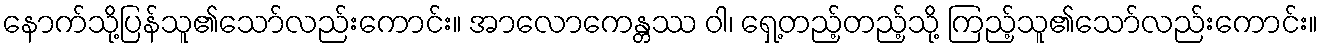
နောက်သို့ပြန်သူ၏သော်လည်းကောင်း။ အာလောကေန္တဿ ဝါ၊ ရှေ့တည့်တည့်သို့ ကြည့်သူ၏သော်လည်းကောင်း။